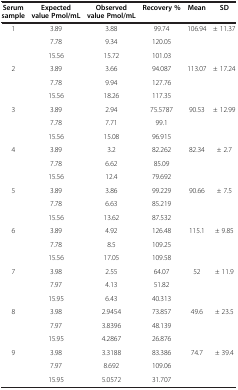
| Serum sample | Expected value Pmol/mL | Observed value Pmol/mL | Recovery % | Mean | SD |
 | --- | --- | --- | --- | --- | --- |
 | 1 | 3.89 | 3.88 | 99.74 | 106.94 | ± 11.37 |
 |  | 7.78 | 9.34 | 120.05 |  |  |
 |  | 15.56 | 15.72 | 101.03 |  |  |
 | 2 | 3.89 | 3.66 | 94.087 | 113.07 | ± 17.24 |
 |  | 7.78 | 9.94 | 127.76 |  |  |
 |  | 15.56 | 18.26 | 117.35 |  |  |
 | 3 | 3.89 | 2.94 | 75.5787 | 90.53 | ± 12.99 |
 |  | 7.78 | 7.71 | 99.1 |  |  |
 |  | 15.56 | 15.08 | 96.915 |  |  |
 | 4 | 3.89 | 3.2 | 82.262 | 82.34 | ± 2.7 |
 |  | 7.78 | 6.62 | 85.09 |  |  |
 |  | 15.56 | 12.4 | 79.692 |  |  |
 | 5 | 3.89 | 3.86 | 99.229 | 90.66 | ± 7.5 |
 |  | 7.78 | 6.63 | 85.219 |  |  |
 |  | 15.56 | 13.62 | 87.532 |  |  |
 | 6 | 3.89 | 4.92 | 126.48 | 115.1 | ± 9.85 |
 |  | 7.78 | 8.5 | 109.25 |  |  |
 |  | 15.56 | 17.05 | 109.58 |  |  |
 | 7 | 3.98 | 2.55 | 64.07 | 52 | ± 11.9 |
 |  | 7.97 | 4.13 | 51.82 |  |  |
 |  | 15.95 | 6.43 | 40.313 |  |  |
 | 8 | 3.98 | 2.9454 | 73.857 | 49.6 | ± 23.5 |
 |  | 7.97 | 3.8396 | 48.139 |  |  |
 |  | 15.95 | 4.2867 | 26.876 |  |  |
 | 9 | 3.98 | 3.3188 | 83.386 | 74.7 | ± 39.4 |
 |  | 7.97 | 8.692 | 109.06 |  |  |
 |  | 15.95 | 5.0572 | 31.707 |  |  |